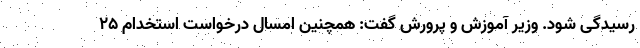
رسیدگی شود. وزیر آموزش و پرورش گفت: همچنین امسال درخواست استخدام ۲۵